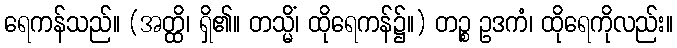
ရေကန်သည်။ (အတ္ထိ၊ ရှိ၏။ တသ္မိံ၊ ထိုရေကန်၌။) တဉ္စ ဥဒကံ၊ ထိုရေကိုလည်း။